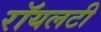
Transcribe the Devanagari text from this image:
रॉयलटी